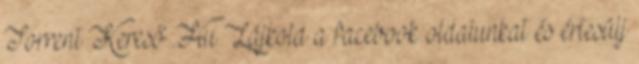
Torrent Kereső .Hu Lájkold a facebook oldalunkat és értesülj